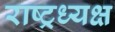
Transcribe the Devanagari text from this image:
राष्ट्रध्यक्ष